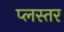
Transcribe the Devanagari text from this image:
प्लस्तर